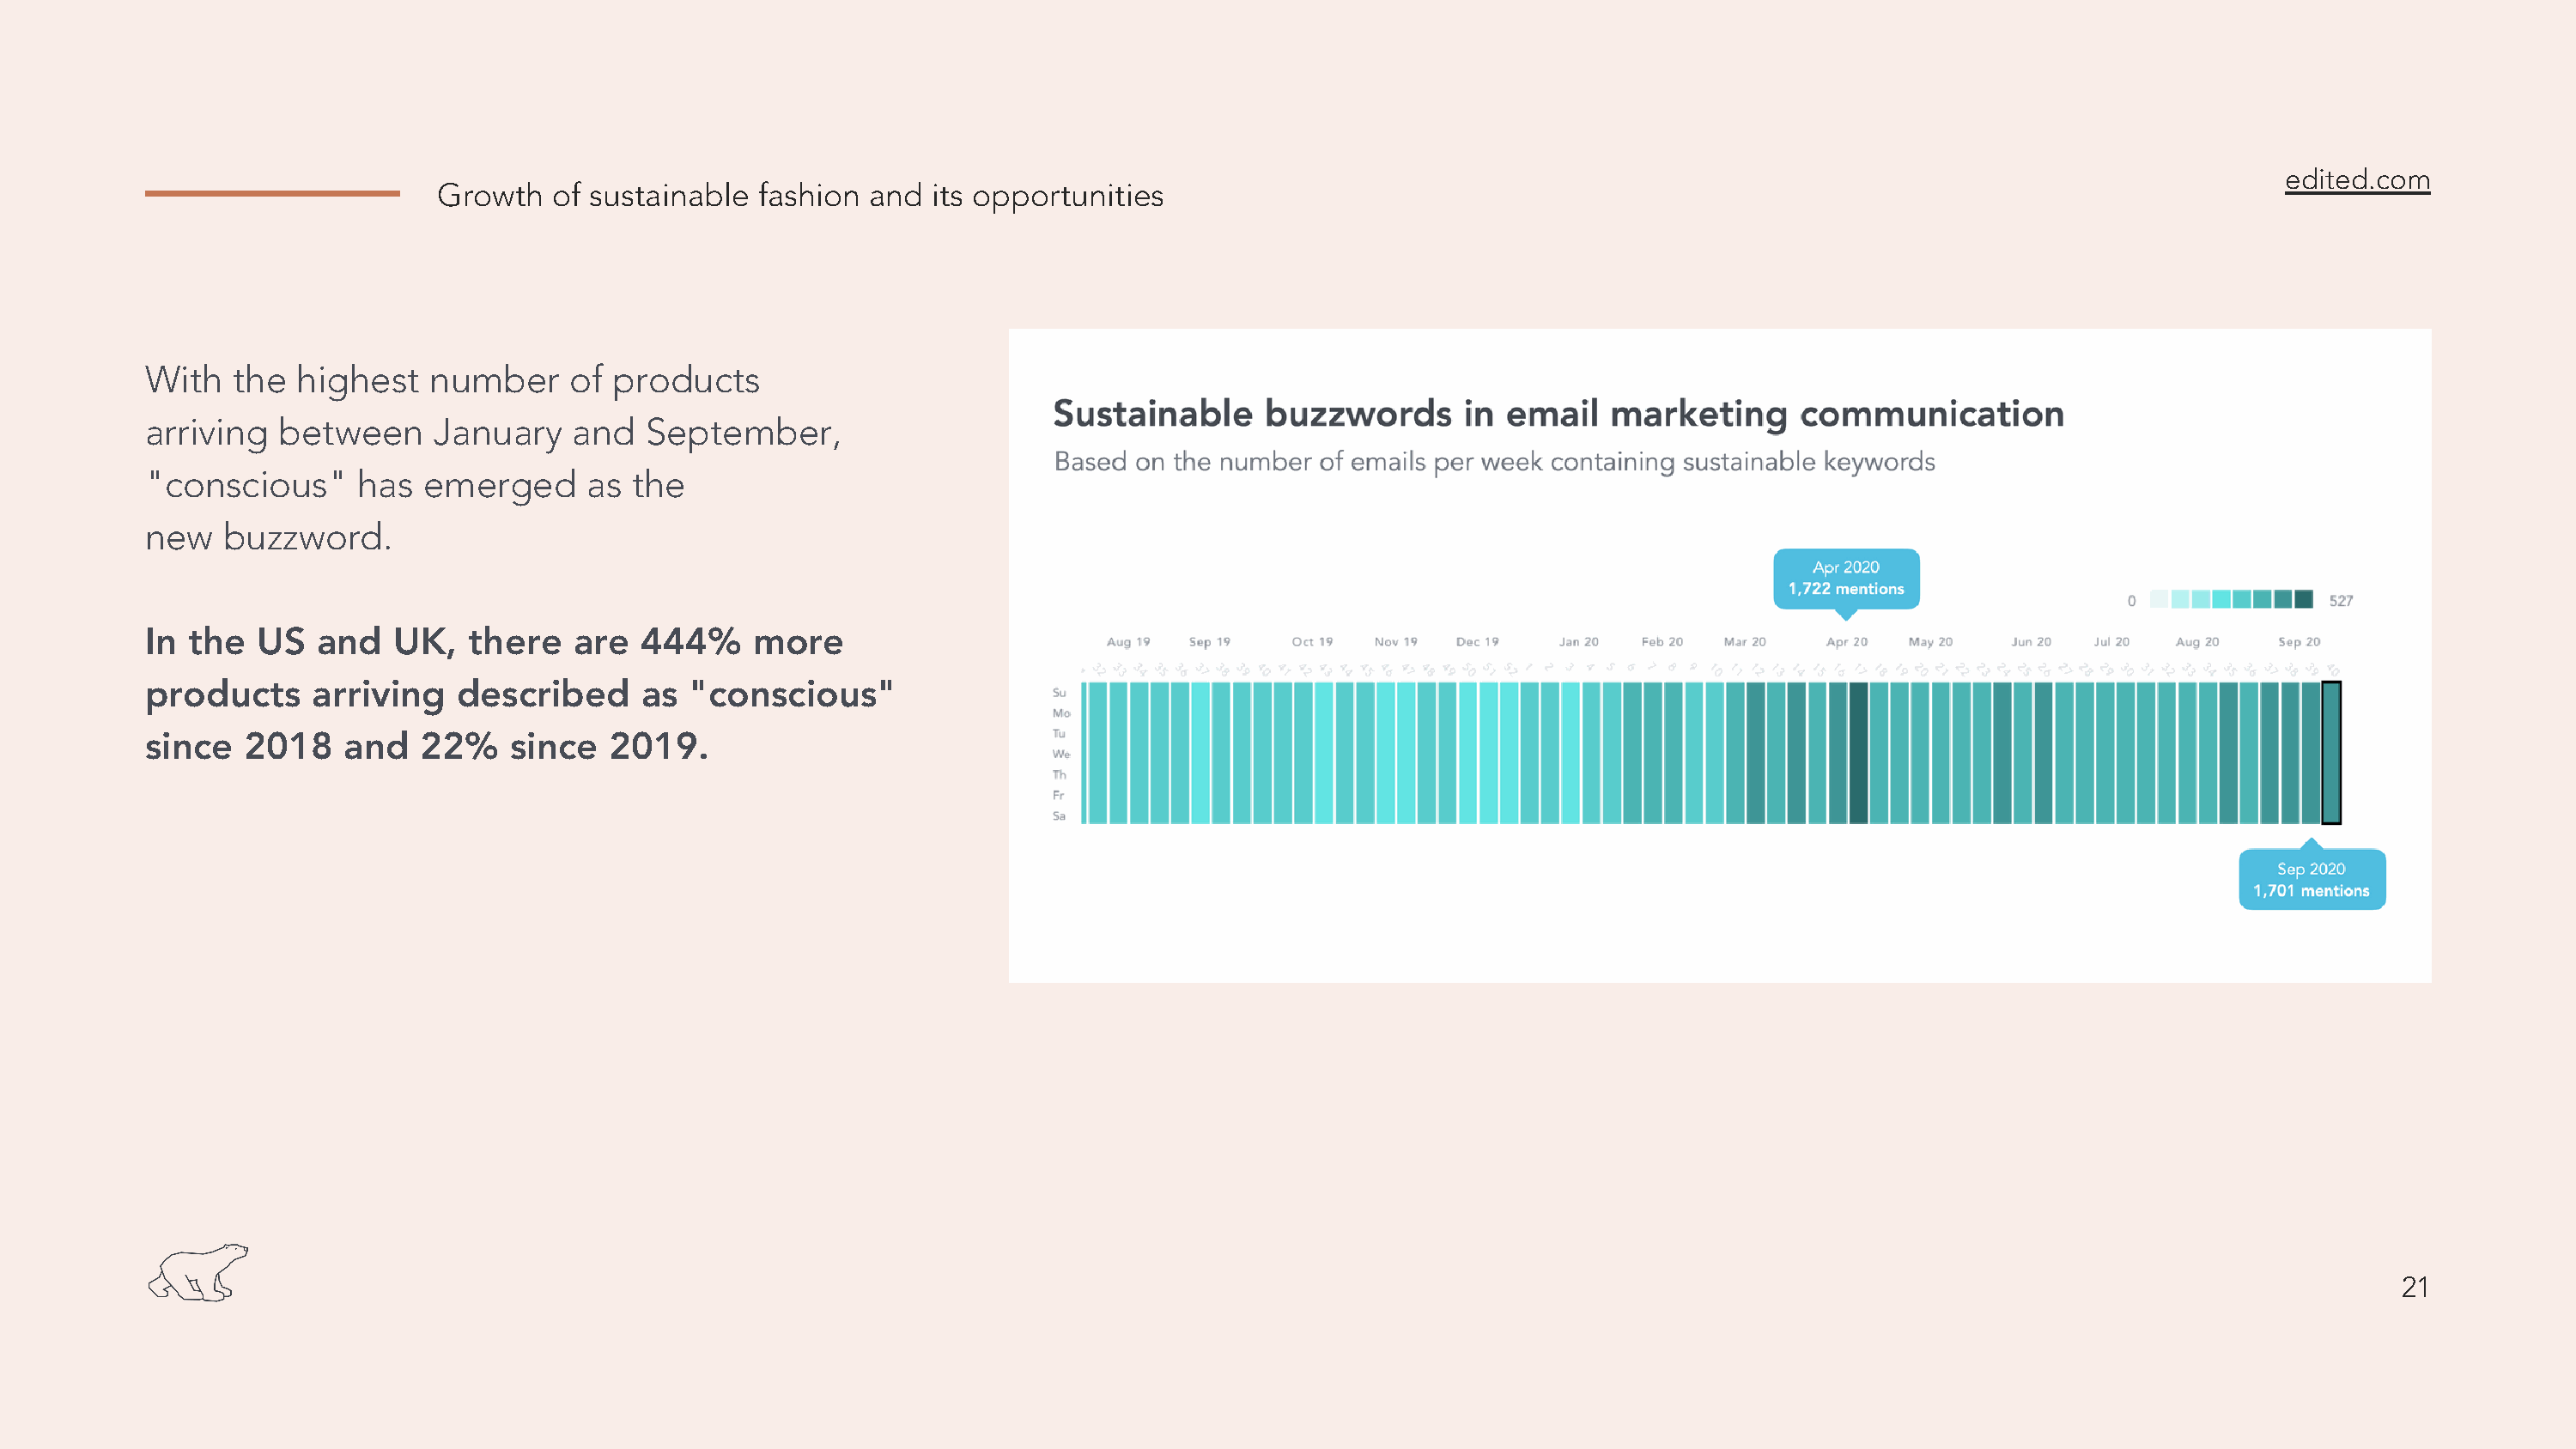
edited.com
 Growth   of sustainable fashion  and  its opportunities
 With   the  highest   number     of products
 arriving  between     January    and   September,
 "conscious"      has  emerged     as  the
 new   buzzword.
 In the   US  and   UK,   there   are  444%     more
 products     arriving   described     as  "conscious"
 since   2018    and  22%    since   2019.
 21